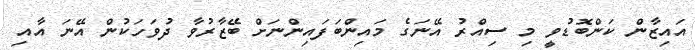
އައިޒާން ކަންބޮޑުވީ މި ސިއްރު އޭނަގެ މައިންބަފައިންނަށް ބޭޒާރުވާ ދުވަހަކުން އޭނަ އާއި